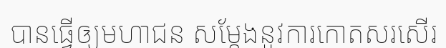
បានធ្វើឲ្យមហាជន សម្តែងនូវការកោតសរសើរ